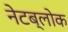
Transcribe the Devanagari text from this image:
नेटब्लोक